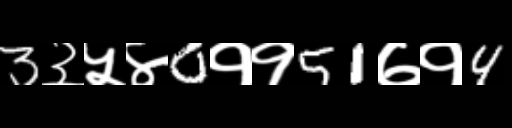
Text: 3३५४0११51७१4